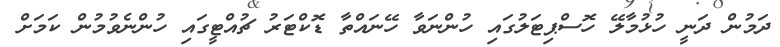
ދަމުން ދަނީ ހުޅުމާލޭ ހޮސްޕިޓަލުގައި ހުންނަވާ ހޭނައްތާ ޑޮކްޓަރު ޗުއްޓީގައި ހުންނެވުމުން ކަމަށް